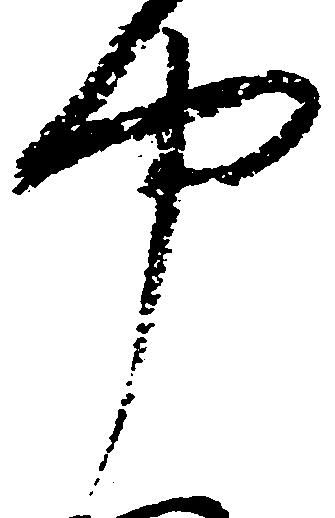
中